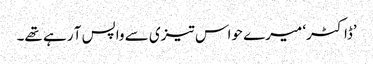
’ڈاکٹر‘ میرے حواس تیزی سے واپس آ رہے تھے۔